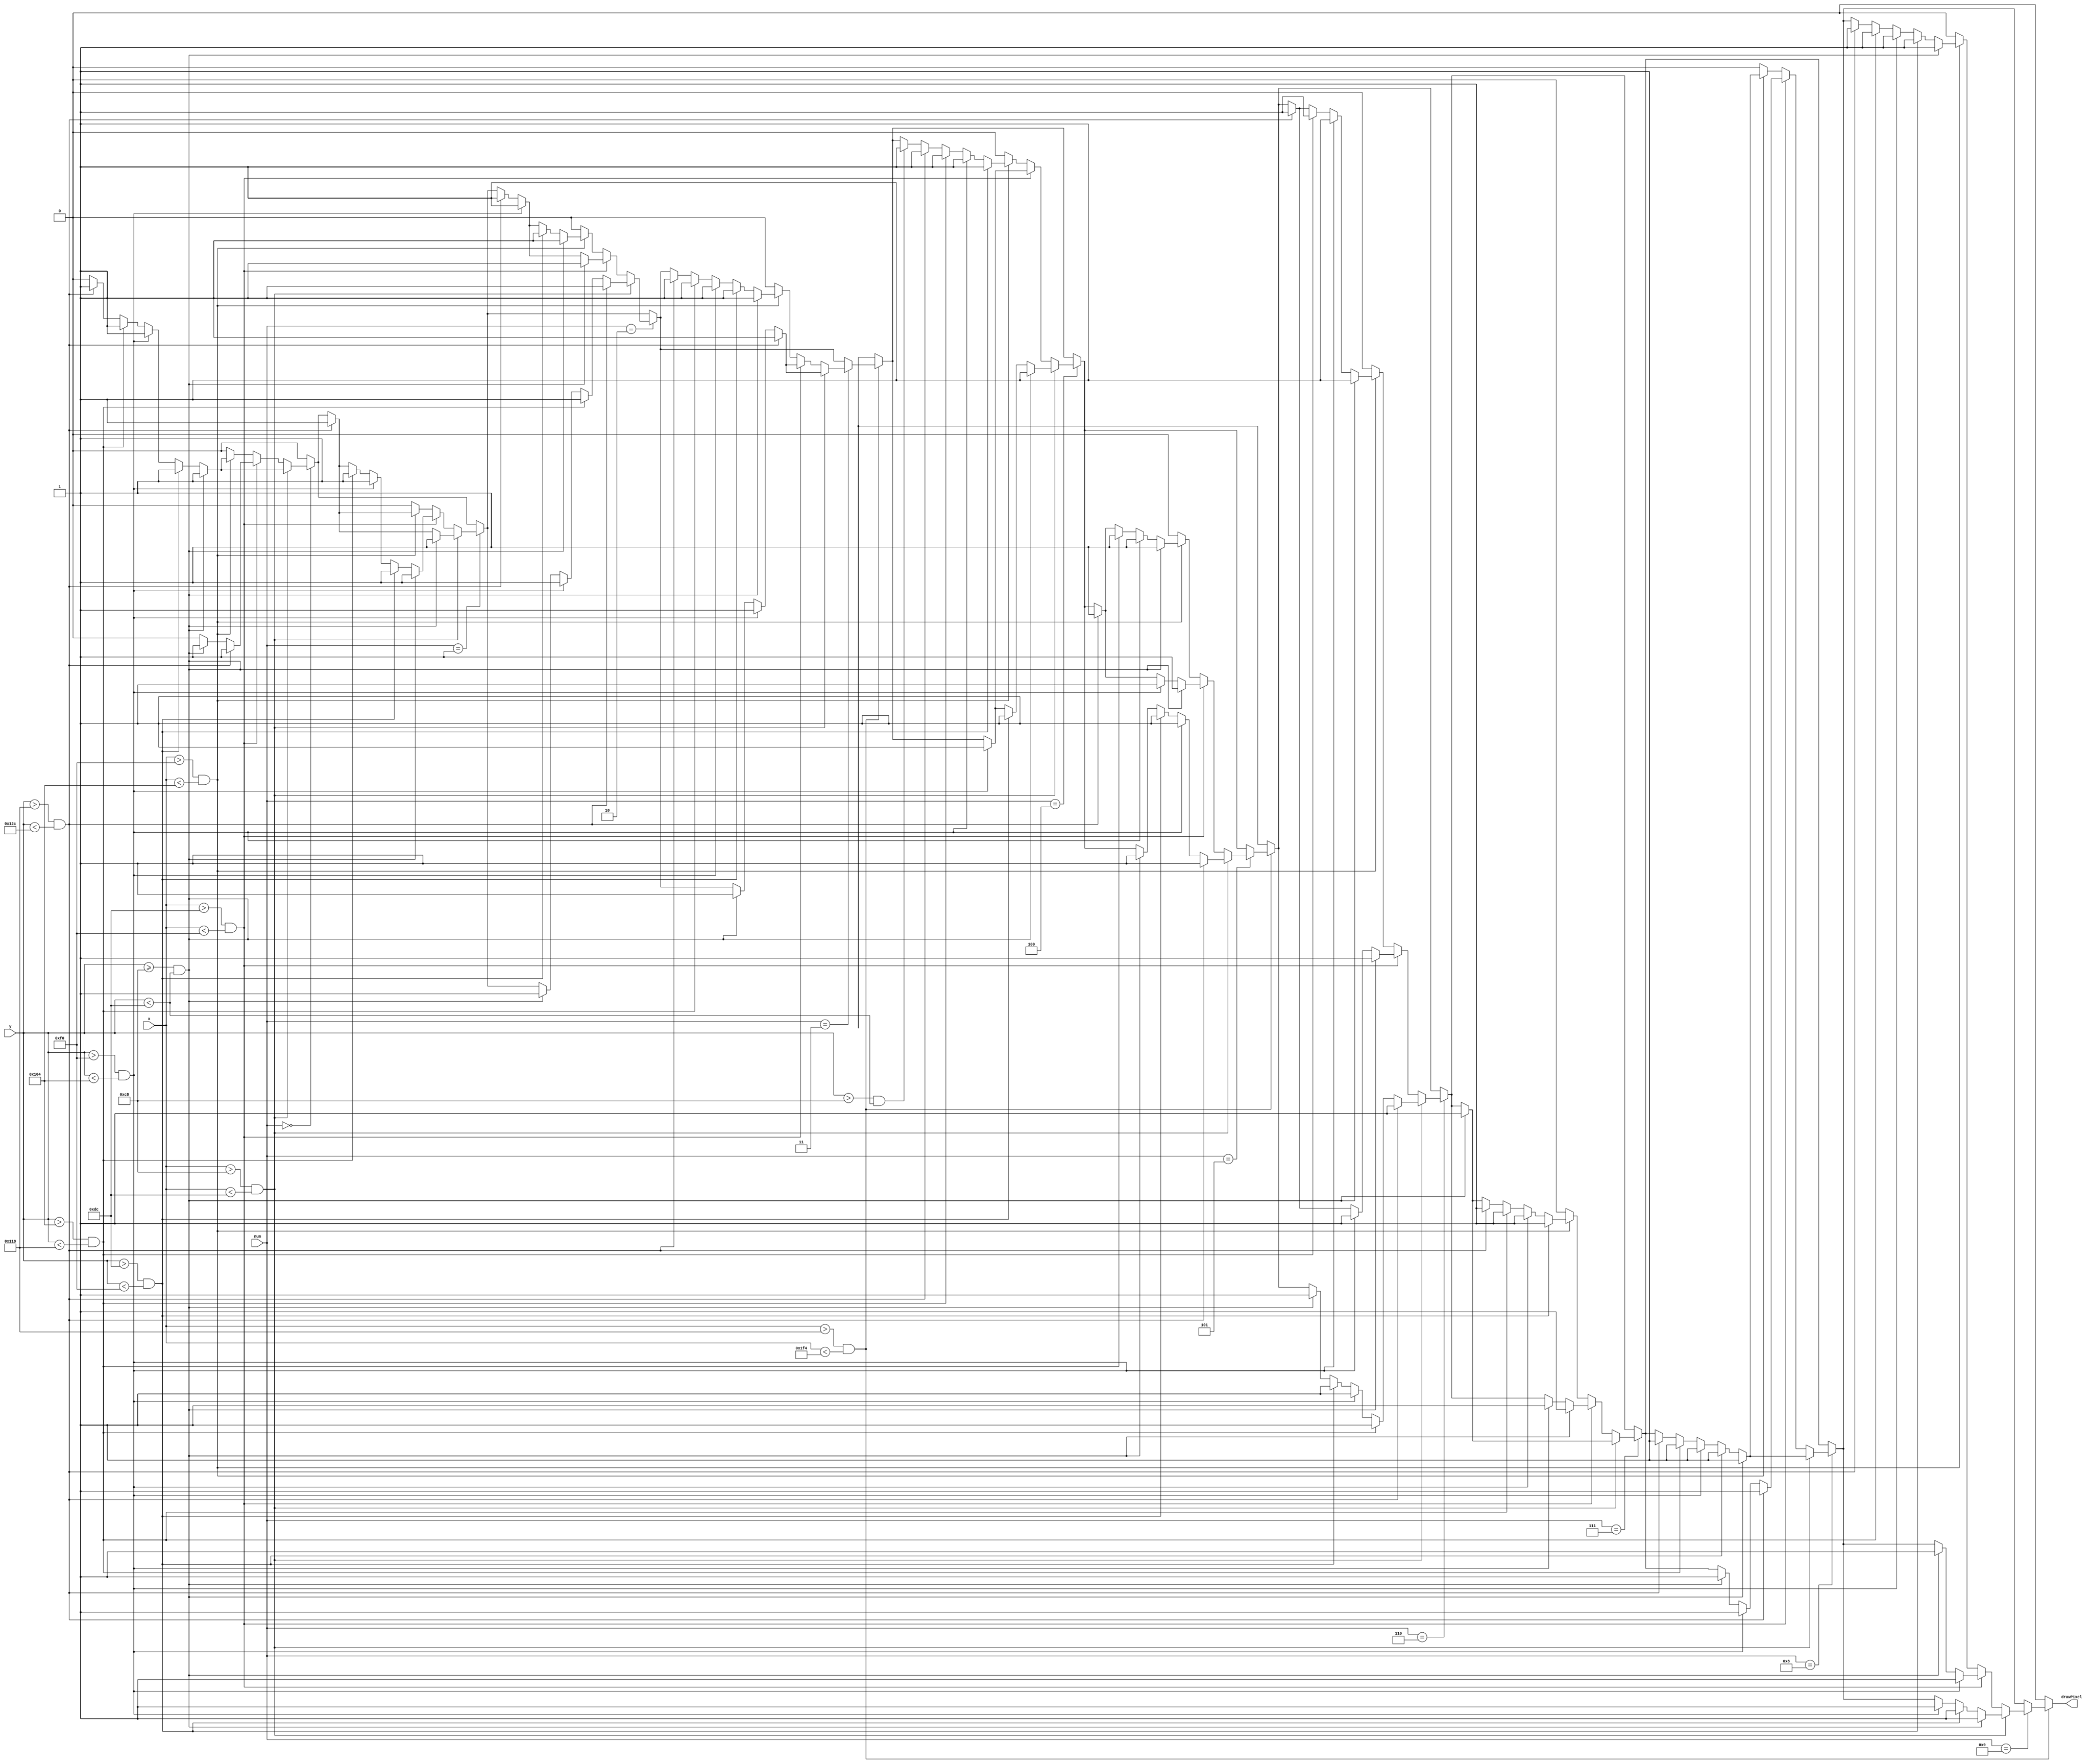
//60x100 pixels 
/*
-----------------
|   | | |       |    
|      ||       |
|      ||       |
|      ||       |
|  ---------    |
-----------------
*/
module singleNumber(drawPixel,num,x,y);
    output reg drawPixel; //Da la seal de si es necesario dibujar
    input [9:0] x; //Posicin actual en la pantalla X
    input [8:0] y; //Posicin actual en la pantalla Y
    input [7:0] num; //Number to display
    parameter pos = 5; //Number to display
    parameter xOffset = 200;
    parameter yOffset = 200;

    parameter square = 20;

//TEMPLATES FOR MAKING NUMBERS!
	
//     //FIRST ROW
//     if(y >= yOffset && y < yOffset + square)

//     //SECOND ROW
//     if(y > yOffset + square && y < yOffset +2*square)

//     //THIRD ROW
//     if(y > yOffset + 2*square && y < yOffset + 3*square)

//     //FOURTH ROW
//     if(y > yOffset + 3*square && y < yOffset + 4*square)

//     //FIFTH ROW
//     if(y > yOffset + 4*square && y < yOffset + 5*square)


//     //FIRST COLUMN
//     if(x > xOffset &&  x < square + xOffset)
        
//     //SECOND COLUMN
//     if(x > xOffset + square && x < 2*square + xOffset)

//     //THIRD COLUMN
//     if(x > xOffset + 2*square && x < 3*square + xOffset)

    //Checking position, this line will determine which character the cursor is currently on.
    always @* begin
    if( x > (xOffset + square*(pos-1)) && x < (xOffset + 3*square*pos))
    begin
			drawPixel  = 0;
        if(num == 0)begin
          //FIRST COLUMN
          if(x > xOffset &&  x < square + xOffset)begin
               //FIRST ROW
               if(y >= yOffset && y < yOffset + square)
                    drawPixel  = 1;                
               //SECOND ROW
               else if(y > yOffset + square && y < yOffset +2*square)
                    drawPixel  = 1;
               //THIRD ROW
               else if(y > yOffset + 2*square && y < yOffset + 3*square)
                    drawPixel  = 1;
               //FOURTH ROW
               else if(y > yOffset + 3*square && y < yOffset +4*square)
                    drawPixel  = 1;
               //FIFTH ROW
               else if(y > yOffset + 4*square && y < yOffset + 5*square)
                    drawPixel  = 1;
          end
          //SECOND COLUMN    
          else if(x > xOffset + square && x < 2*square + xOffset)begin
               //FIRST ROW
               if(y >= yOffset && y < (yOffset + square))
                    drawPixel  = 1;
               //FIFTH ROW
               if(y > (yOffset + 4*square) && y < (yOffset + 5*square))
                    drawPixel  = 1;
          end
          //THIRD COLUMN  
          else if(x > xOffset + 2*square && x < 3*square + xOffset)begin
               //FIRST ROW
               if(y >= yOffset && y < yOffset + square)
                    drawPixel  = 1;                
               //SECOND ROW
               else if(y > yOffset + square && y < yOffset +2*square)
                    drawPixel  = 1;
               //THIRD ROW
               else if(y > yOffset + 2*square && y < yOffset + 3*square)
                    drawPixel  = 1;
               //FOURTH ROW
               else if(y > yOffset + 3*square && y < yOffset +4*square)
                    drawPixel  = 1;
               //FIFTH ROW
               else if(y > yOffset + 4*square && y < yOffset + 5*square)
                    drawPixel  = 1;
          end
          else
               drawPixel  = 0;
        end

        if(num == 1)begin
          //FIRST COLUMN
          if(x > xOffset &&  x < square + xOffset)begin
               //FIRST ROW
               if(y >= yOffset && y < yOffset + square)
                    drawPixel  = 1;                
               //FIFTH ROW
               else if(y > yOffset + 4*square && y < yOffset + 5*square)
                    drawPixel  = 1;
          end
          //SECOND COLUMN    
          else if(x > xOffset + square && x < 2*square + xOffset)begin
               //FIRST ROW
               if(y >= yOffset && y < yOffset + square)
                    drawPixel  = 1;                
               //SECOND ROW
               else if(y > yOffset + square && y < yOffset +2*square)
                    drawPixel  = 1;
               //THIRD ROW
               else if(y > yOffset + 2*square && y < yOffset + 3*square)
                    drawPixel  = 1;
               //FOURTH ROW
               else if(y > yOffset + 3*square && y < yOffset +4*square)
                    drawPixel  = 1;
               //FIFTH ROW
               else if(y > yOffset + 4*square && y < yOffset + 5*square)
                    drawPixel  = 1;
          end
          //THIRD COLUMN  
          else if(x > (xOffset + 2*square) && x < (3*square + xOffset))begin
               //FIFTH ROW
               if(y > (yOffset + 4*square) && y < (yOffset + 5*square))
                    drawPixel  = 1;
          end
          else
               drawPixel  = 0;
        end
  
        if(num == 2 )begin 
            //FIRST COLUMN
            if(x > xOffset &&  x < square + xOffset)begin
                //FIRST ROW
                if(y >= yOffset && y < yOffset + square)
                     drawPixel  = 1;
                //THIRD ROW
                if(y > yOffset + 2*square && y < yOffset + 3*square)
                     drawPixel  = 1;
                //FOURTH ROW
                if(y > yOffset + 3*square && y < yOffset + 4*square)
                     drawPixel  = 1;
                //FIFTH ROW
                if(y > yOffset + 4*square && y < yOffset + 5*square)
                     drawPixel  = 1;
            end
            //SECOND COLUMN    
            else if(x > xOffset + square && x < 2*square + xOffset)begin
                //FIRST ROW
                if(y >= yOffset && y < yOffset + square)
                     drawPixel  = 1;
                //THIRD ROW
                else if(y > yOffset + 2*square && y < yOffset + 3*square)
                     drawPixel  = 1;
                //FIFTH ROW
                else if(y > yOffset + 4*square && y < yOffset + 5*square)
                     drawPixel  = 1;
            end
            //THIRD COLUMN  
            else if(x > xOffset + 2*square && x < 3*square + xOffset)begin
                //FIRST ROW
                if(y >= yOffset && y < yOffset + square)
                      drawPixel  = 1;                
                //SECOND ROW
                else if(y > yOffset + square && y < yOffset +2*square)
                      drawPixel  = 1;
                //THIRD ROW
                else if(y > yOffset + 2*square && y < yOffset + 3*square)
                     drawPixel  = 1;
                //FIFTH ROW
                else if(y > yOffset + 4*square && y < yOffset + 5*square)
                     drawPixel  = 1;
            end
            else
                 drawPixel  = 0;
        end
		 
        if(num == 3)begin
          //FIRST COLUMN
          if(x > xOffset &&  x < square + xOffset)begin
               //FIRST ROW
               if(y >= yOffset && y < yOffset + square)
                    drawPixel  = 1;
               //THIRD ROW
               if(y > yOffset + 2*square && y < yOffset + 3*square)
                    drawPixel  = 1;
               //FIFTH ROW
               if(y > yOffset + 4*square && y < yOffset + 5*square)
                    drawPixel  = 1;
          end
          //SECOND COLUMN    
          else if(x > xOffset + square && x < 2*square + xOffset)begin
               //FIRST ROW
               if(y >= yOffset && y < yOffset + square)
                    drawPixel  = 1;
               //THIRD ROW
               if(y > yOffset + 2*square && y < yOffset + 3*square)
                    drawPixel  = 1;
               //FIFTH ROW
               if(y > yOffset + 4*square && y < yOffset + 5*square)
                    drawPixel  = 1;
          end
          //THIRD COLUMN  
          else if(x > xOffset + 2*square && x < 3*square + xOffset)begin
               //FIRST ROW
               if(y >= yOffset && y < yOffset + square)
                    drawPixel  = 1;                
               //SECOND ROW
               else if(y > yOffset + square && y < yOffset +2*square)
                    drawPixel  = 1;
               //THIRD ROW
               else if(y > yOffset + 2*square && y < yOffset + 3*square)
                    drawPixel  = 1;
               //FOURTH ROW
               else if(y > yOffset + 3*square && y < yOffset +4*square)
                    drawPixel  = 1;
               //FIFTH ROW
               else if(y > yOffset + 4*square && y < yOffset + 5*square)
                    drawPixel  = 1;
          end
          else
               drawPixel  = 0;
        end        

        if(num == 4)begin
          //FIRST COLUMN
          if(x > xOffset &&  x < square + xOffset)begin
               //FIRST ROW
               if(y >= yOffset && y < yOffset + square)
                    drawPixel  = 1;
               //SECOND ROW
					else if(y > yOffset + square && y < yOffset + 2*square)
                    drawPixel  = 1;
               //THIRD ROW
               else if(y > yOffset + 2*square && y < yOffset + 3*square)
                    drawPixel  = 1;
          end
          //SECOND COLUMN    
          else if(x > xOffset + square && x < 2*square + xOffset)begin
					//THIRD ROW
					if(y > yOffset + 2*square && y < yOffset + 3*square)
                    drawPixel  = 1;
          end
          //THIRD COLUMN  
          else if(x > xOffset + 2*square && x < 3*square + xOffset)begin
               //FIRST ROW
               if(y > yOffset && y < yOffset + square)
                    drawPixel  = 1;    
               //SECOND ROW
               if(y > yOffset + square && y < yOffset + 2*square)
                    drawPixel  = 1;            
               //THIRD ROW
               else if(y > yOffset + 2*square && y < yOffset + 3*square)
                    drawPixel  = 1;
               //FOURTH ROW
               else if(y > yOffset + 3*square && y < yOffset +4*square)
                    drawPixel  = 1;
               //FIFTH ROW
               else if(y > yOffset + 4*square && y < yOffset + 5*square)
                    drawPixel  = 1;
          end
          else
               drawPixel  = 0;
        end

        if(num == 5)begin
          //FIRST COLUMN
          if(x > xOffset &&  x < square + xOffset)begin
               //FIRST ROW
               if(y >= yOffset && y < yOffset + square)
                    drawPixel  = 1;
               //SECOND ROW
               if(y > yOffset + square && y < yOffset + 2*square)
                    drawPixel  = 1;
               //THIRD ROW
               if(y > yOffset + 2*square && y < yOffset + 3*square)
                    drawPixel  = 1;
               //FIFTH ROW
               if(y > yOffset + 4*square && y < yOffset + 5*square)
                    drawPixel  = 1;
          end
          //SECOND COLUMN    
          else if(x > xOffset + square && x < 2*square + xOffset)begin
    
					//FIRST ROW
                if(y >= yOffset && y < yOffset + square)
                     drawPixel  = 1;
                //THIRD ROW
                else if(y > yOffset + 2*square && y < yOffset + 3*square)
                     drawPixel  = 1;
                //FIFTH ROW
                else if(y > yOffset + 4*square && y < yOffset + 5*square)
                     drawPixel  = 1;	  
						  
          end
          //THIRD COLUMN  
          else if(x > xOffset + 2*square && x < 3*square + xOffset)begin
               //FIRST ROW
               if(y >= yOffset && y < yOffset + square)
                    drawPixel  = 1;            
               //THIRD ROW
               else if(y > yOffset + 2*square && y < yOffset + 3*square)
                    drawPixel  = 1;
               //FOURTH ROW
               else if(y > yOffset + 3*square && y < yOffset +4*square)
                    drawPixel  = 1;
               //FIFTH ROW
               else if(y > yOffset + 4*square && y < yOffset + 5*square)
                    drawPixel  = 1;
          end
          else
               drawPixel  = 0;
        end

        if(num == 6)begin
          //FIRST COLUMN
          if(x > xOffset &&  x < square + xOffset)begin
               //FIRST ROW
               if(y >= yOffset && y < yOffset + square)
                    drawPixel  = 1;
               //SECOND ROW
               if(y > yOffset + square && y < yOffset + 2*square)
                    drawPixel  = 1;
               //THIRD ROW
               if(y > yOffset + 2*square && y < yOffset + 3*square)
                    drawPixel  = 1;
               //FOURTH ROW
               if(y > yOffset + 3*square && y < yOffset + 4*square)
                    drawPixel  = 1;
               //FIFTH ROW
               if(y > yOffset + 4*square && y < yOffset + 5*square)
                    drawPixel  = 1;
          end
          //SECOND COLUMN    
          else if(x > xOffset + square && x < 2*square + xOffset)begin
               //FIRST ROW
               if(y >= yOffset && y < yOffset + square)
                    drawPixel  = 1;
               //THIRD ROW
               else if(y > yOffset + 2*square && y < yOffset + 3*square)
                    drawPixel  = 1;
               //FIFTH ROW
               else if(y > yOffset + 4*square && y < yOffset + 5*square)
                    drawPixel  = 1;
          end
          //THIRD COLUMN  
          else if(x > xOffset + 2*square && x < 3*square + xOffset)begin
               //FIRST ROW
               if(y >= yOffset && y < yOffset + square)
                    drawPixel  = 1;            
               //THIRD ROW
               else if(y > yOffset + 2*square && y < yOffset + 3*square)
                    drawPixel  = 1;
               //FOURTH ROW
               else if(y > yOffset + 3*square && y < yOffset +4*square)
                    drawPixel  = 1;
               //FIFTH ROW
               else if(y > yOffset + 4*square && y < yOffset + 5*square)
                    drawPixel  = 1;
          end
          else
               drawPixel  = 0;
        end

        if(num == 7)begin
          //FIRST COLUMN
          if(x > xOffset &&  x < square + xOffset)begin
               //FIRST ROW
               if(y >= yOffset && y < yOffset + square)
                    drawPixel  = 1;
          end
          //SECOND COLUMN    
          else if(x > xOffset + square && x < 2*square + xOffset)begin
               //FIRST ROW
               if(y >= yOffset && y < yOffset + square)
                    drawPixel  = 1;
               //THIRD ROW
               else if(y > yOffset + 2*square && y < yOffset + 3*square)
                    drawPixel  = 1;
          end
          //THIRD COLUMN  
          else if(x > xOffset + 2*square && x < 3*square + xOffset)begin
               //FIRST ROW
               if(y >= yOffset && y < yOffset + square)
                    drawPixel  = 1; 
					//SECOND ROW
               if(y > yOffset + square && y < yOffset + 2*square)
                    drawPixel  = 1;						  
               //THIRD ROW
               else if(y > yOffset + 2*square && y < yOffset + 3*square)
                    drawPixel  = 1;
               //FOURTH ROW
               else if(y > yOffset + 3*square && y < yOffset +4*square)
                    drawPixel  = 1;
               //FIFTH ROW
               else if(y > yOffset + 4*square && y < yOffset + 5*square)
                    drawPixel  = 1;
          end
          else
               drawPixel  = 0;
        end

        if(num == 8)begin
          //FIRST COLUMN
          if(x > xOffset &&  x < square + xOffset)begin
               //FIRST ROW
               if(y >= yOffset && y < yOffset + square)
                    drawPixel  = 1;                
               //SECOND ROW
               else if(y > yOffset + square && y < yOffset +2*square)
                    drawPixel  = 1;
               //THIRD ROW
               else if(y > yOffset + 2*square && y < yOffset + 3*square)
                    drawPixel  = 1;
               //FOURTH ROW
               else if(y > yOffset + 3*square && y < yOffset +4*square)
                    drawPixel  = 1;
               //FIFTH ROW
               else if(y > yOffset + 4*square && y < yOffset + 5*square)
                    drawPixel  = 1;
          end
          //SECOND COLUMN    
          else if(x > xOffset + square && x < 2*square + xOffset)begin
               //FIRST ROW
               if(y >= yOffset && y < yOffset + square)
                    drawPixel  = 1;
               //THIRD ROW
               if(y > yOffset + 2*square && y < yOffset + 3*square)
                    drawPixel  = 1;
               //FIFTH ROW
               if(y > yOffset + 4*square && y < yOffset + 5*square)
                    drawPixel  = 1;
          end
          //THIRD COLUMN  
          else if(x > xOffset + 2*square && x < 3*square + xOffset)begin
               //FIRST ROW
               if(y >= yOffset && y < yOffset + square)
                    drawPixel  = 1;                
               //SECOND ROW
               else if(y > yOffset + square && y < yOffset +2*square)
                    drawPixel  = 1;
               //THIRD ROW
               else if(y > yOffset + 2*square && y < yOffset + 3*square)
                    drawPixel  = 1;
               //FOURTH ROW
               else if(y > yOffset + 3*square && y < yOffset +4*square)
                    drawPixel  = 1;
               //FIFTH ROW
               else if(y > yOffset + 4*square && y < yOffset + 5*square)
                    drawPixel  = 1;
          end
          else
               drawPixel  = 0;
        end
          
        if(num == 9)begin
          //FIRST COLUMN
          if(x > xOffset &&  x < square + xOffset)begin
               //FIRST ROW
               if(y >= yOffset && y < yOffset + square)
                    drawPixel  = 1;                
               //SECOND ROW
               else if(y > yOffset + square && y < yOffset +2*square)
                    drawPixel  = 1;
               //THIRD ROW
               else if(y > yOffset + 2*square && y < yOffset + 3*square)
                    drawPixel  = 1;
          end
          //SECOND COLUMN    
          else if(x > xOffset + square && x < 2*square + xOffset)begin
               //FIRST ROW
               if(y >= yOffset && y < yOffset + square)
                    drawPixel  = 1;
               //THIRD ROW
               if(y > yOffset + 2*square && y < yOffset + 3*square)
                    drawPixel  = 1;
          end
          //THIRD COLUMN  
          else if(x > xOffset + 2*square && x < 3*square + xOffset)begin
               //FIRST ROW
               if(y >= yOffset && y < yOffset + square)
                    drawPixel  = 1;                
               //SECOND ROW
               else if(y > yOffset + square && y < yOffset +2*square)
                    drawPixel  = 1;
               //THIRD ROW
               else if(y > yOffset + 2*square && y < yOffset + 3*square)
                    drawPixel  = 1;
               //FOURTH ROW
               else if(y > yOffset + 3*square && y < yOffset +4*square)
                    drawPixel  = 1;
               //FIFTH ROW
               else if(y > yOffset + 4*square && y < yOffset + 5*square)
                    drawPixel  = 1;
          end
          else
               drawPixel  = 0;
        end

 end
    else
     drawPixel  = 0;

end
endmodule